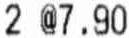
2 @7.90